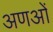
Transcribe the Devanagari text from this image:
अणओं